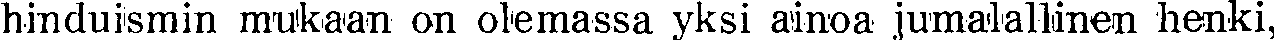
hinduismin mukaan on olemassa yksi ainoa jumalallinen henki,